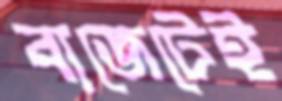
বাজেটেই